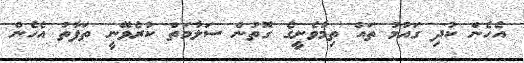
އެހެން ކުދި ގައުމު ތައް ތިމާވެށީގެ ގޮތުން ސަލާމަތް ކުރެވޭނީ ތަފާތު އެހެން